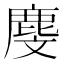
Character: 𪊓